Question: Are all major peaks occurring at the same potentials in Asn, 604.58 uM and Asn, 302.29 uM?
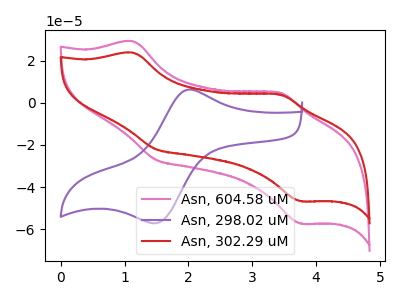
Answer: <think>The pink curve "Asn, 604.58 uM" has anodic peaks at (1.15V, 29.15uA) (3.45V, 4.75uA) and cathodic peaks at (1.50V, -27.00uA) (3.75V, -57.35uA). The purple curve "Asn, 298.02 uM" has an anodic peak at (2.05V, 6.30uA) and a cathodic peak at (1.50V, -56.90uA). The red curve "Asn, 302.29 uM" has anodic peaks at (1.15V, 23.75uA) (3.45V, 3.85uA) and cathodic peaks at (1.50V, -22.00uA) (3.75V, -46.70uA).</think>
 <answer>Yes, "Asn, 604.58 uM" have a peak in "Asn, 302.29 uM" at the same potential.</answer>
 <eval>match</eval>